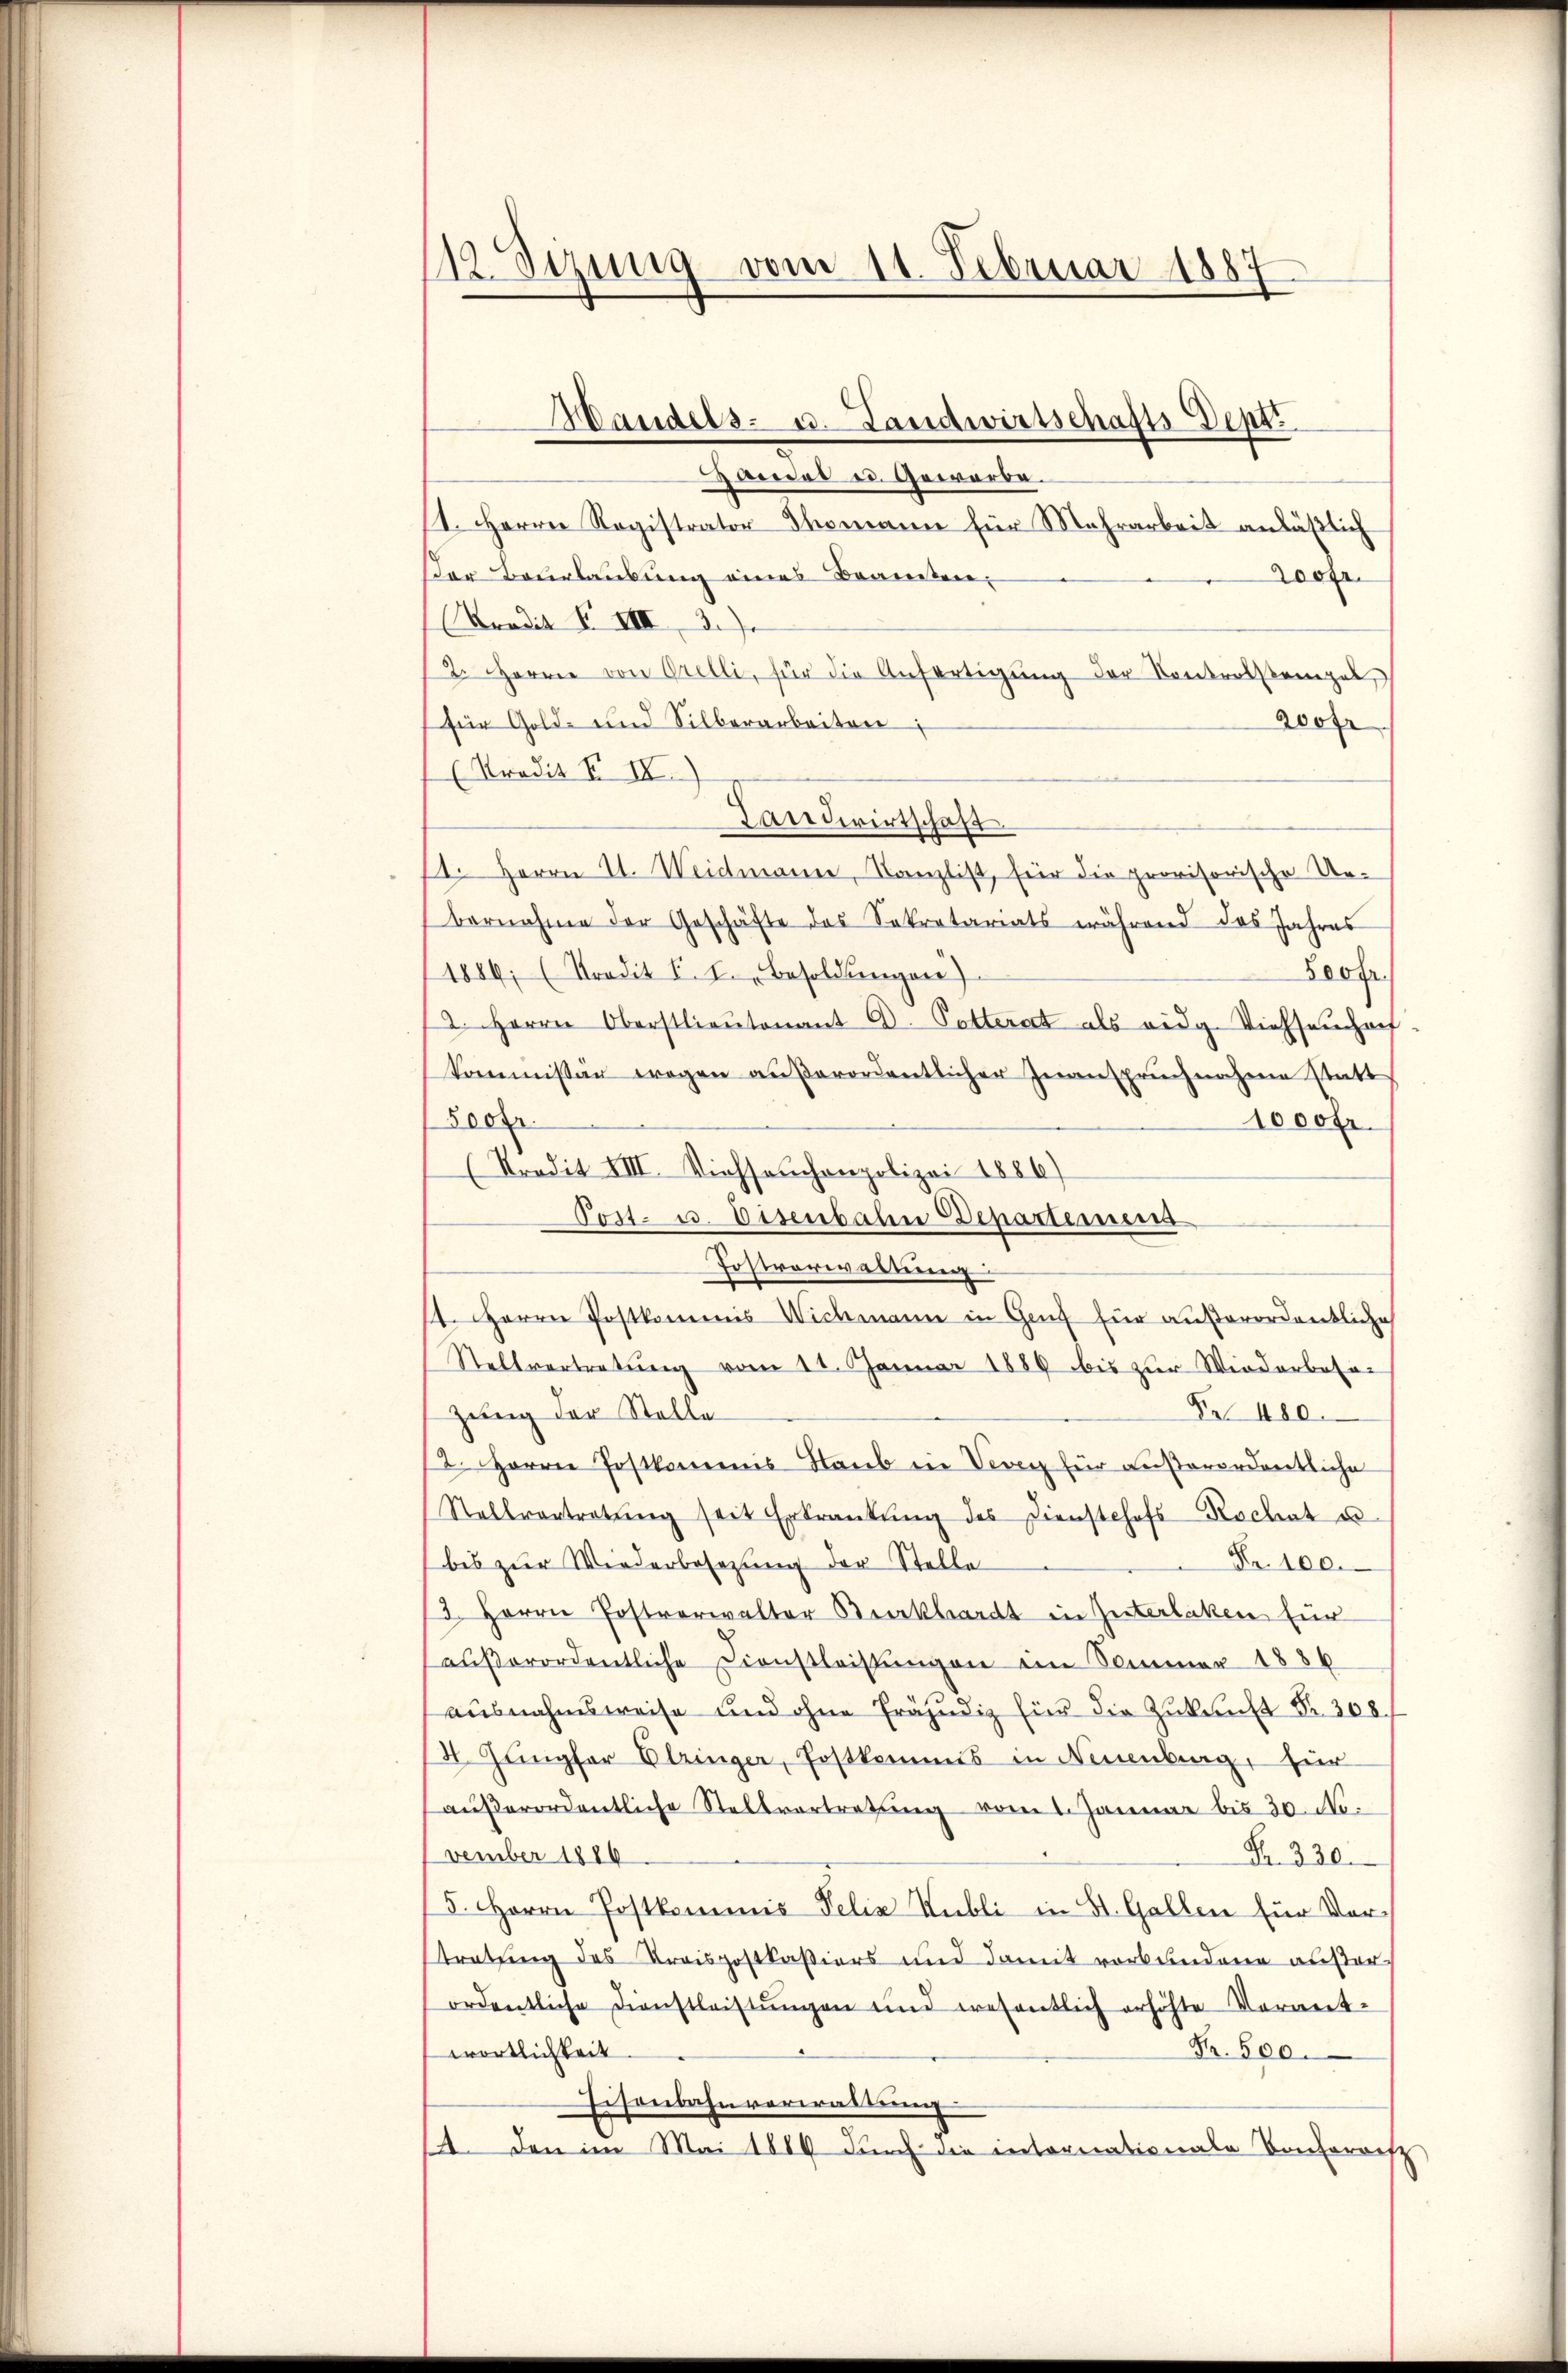
112. Sezung vom 11. Februar 1887

Mandels- u. Landwirtschafts-Dept.
andat es. Gewerbe.
1. Herrn Registrator Thomann für Mehrarbeit anläßlich
Der Beurlaubung eines Brancken,
Loofr.
Tradit F. VIII 3.)
2. Herrer von Grelli, für die Anfertigŭng der Kontrolstempel
für Gold- und Silberarbeiten
200fr.
(Predit II IV)
Landwirtschaft
1. Herrn I. Weidmann, Kanzlist, für die provisorische Urbernahme der Geschäfte des Sekretariats während das Jahres
1886, (Tradit F. J. Besoldungen)
800 fr.
12. Herrn Oberstlieutenant A. Potterat als eidg. Viehseucharf
kommissär wegen außerordentlicher Inanspruchnahme statt
3000.
1000 Fr.
(Kredit XIII. Viehseuchenpolizei 1886)
Post- u. Eisenbahn Departement
Postverwaltung
11. Herrn Postkommis Wichmann in Genf für außerordentliche
Stellvertretung vom 11. Januar 1886 bis zur Wiederbesor
Fr. 480.
zung der Stelle
st. Herrn Postkommnis Staub in Vevey für außerordentliche
Stellvertretŭng seit Erkrankŭng des Dienstehofs Rochat u
Fr. 100.
bis zur Wiederbesezung der Stelle
73. Herrn Postverwalter Burckhardt in Interlaken für
aŭβerordentliche Dienstleistŭngen im Sommer 1886
ausnahmsweise und ohne Präjudiz fier die Zukunft Nr. 308.
4. Jungfer Etringer, Postkommis in Neuenburg, für
außerordentliche Stellvertretung vom 1. Januar bis 30. No.
vember 1886
Fr. 330.
5. Herrn Postkommis Felix Kubli in St. Gallen für Vortretung des Kreispostkaßiers und damit verbundene außerordentliche Dienstleistŭngen und wesentlich erhöhte Verant-
wörtlichkeit
Fr. 500.
Eisenbahnverwaltung
st. Den im Mai 1884 durch die intornationale Konkorrest